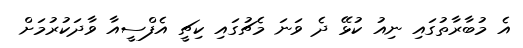
އެ މުބާރާތުގައި ނިއު ކުޅޭ ދެ ވަނަ މެޗުގައި ކިޗީ އެފްސީއާ ވާދަކުރުމަށް